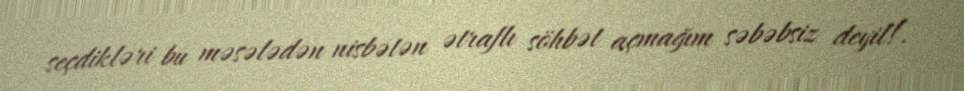
seçdikləri bu məsələdən nisbətən ətraflı söhbət açmağım səbəbsiz deyil!.